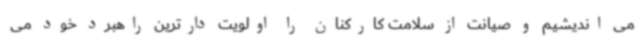
می اندیشیم و صیانت از سلامت کارکنان را اولویت دارترین راهبرد خود می